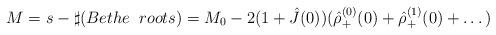
LaTeX: \begin{align*}M=s- \sharp(Bethe\;\;roots)=M_0-2(1+\hat{J}(0))(\hat{\rho}_+^{(0)}(0)+\hat{\rho}_+^{(1)}(0)+\dots)\end{align*}